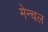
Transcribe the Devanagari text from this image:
मेन्चल